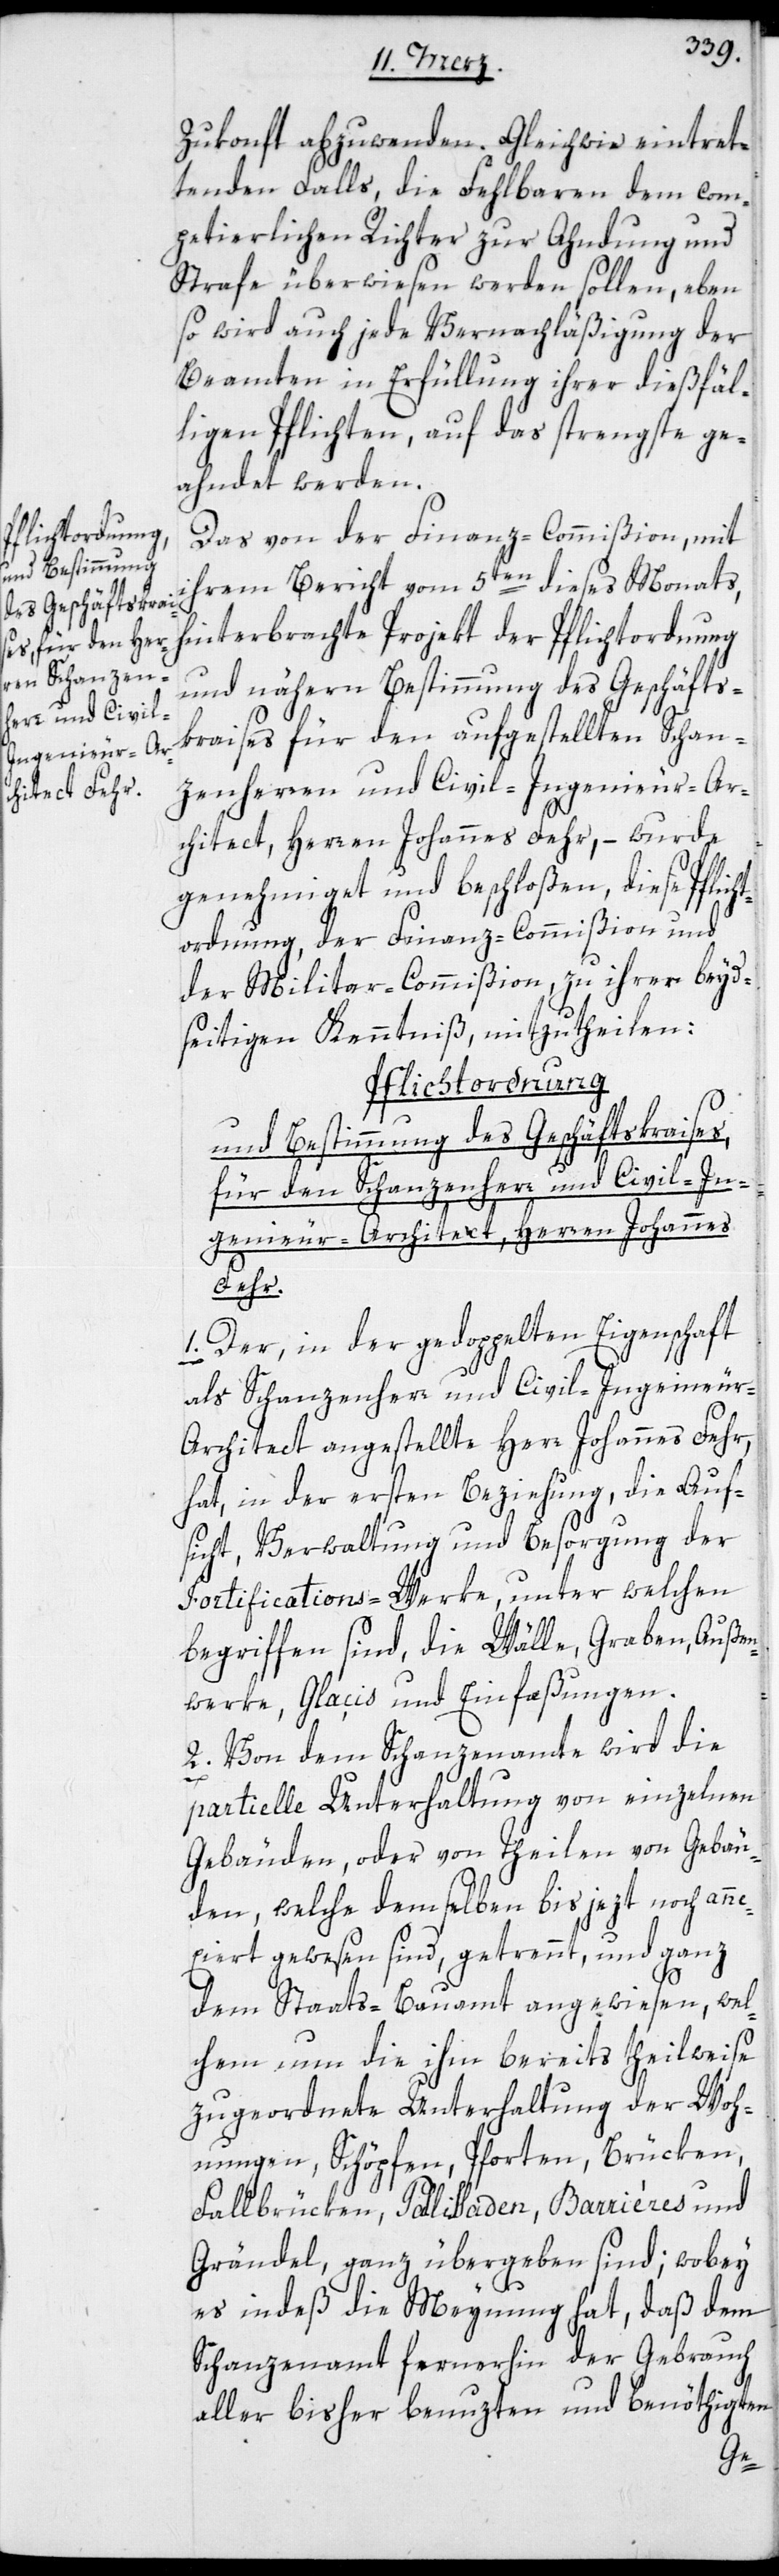
Zukonft abzuwenden. Gleichwie eintret¬
tenden Falls, die Fehlbaren dem com¬
petierlichen Richter zur Ahndung und
Strafe überwiesen werden sollen, eben
so wird auch jede Vernachläßigung der
Beamten in Erfüllung ihrer dießfäl¬
ligen Pflichten, auf das strengste ge¬
ahndet werden.
Das von der Finanz-Commißion, mit
ihrem Bericht vom 5ten dieses Monats
hinterbrachten Projekt der Pflichtordnung
und nähern Bestimmung des Geschäfts¬
kraises für den aufgestellten Schan¬
zenherren und Civil-Ingenieur-Ar¬
chitect, Herren Johannes Fehr, – wurde
genehmiget und beschloßen, diese Pflich¬
tordnung der Finanz-Commißion und
der Militar-Commißion, zu ihrer beyd¬
seitigen Kenntniß mitzutheilen:
Pflichtordnung
und Bestimmung des Geschäftskraises,
für den Schanzenherr und Civil-In¬
genieur-Architect, Herren Johannes
Fehr.
1. Der, in der gedoppelten Eigenschaft
als Schanzenherr und Civil-Ingenieur-A¬
rchitect angestellte Herr Johannes Fehr,
hat, in der ersten Beziehung, die Auf¬
sicht, Verwaltung und Besorgung der
Fortifications-Werke, unter welchen
begriffen sind, die Wälle, Graben, Außen¬
werke, Glaçis und Einfaßungen.
2. Von dem Schanzenamte wird die
partielle Unterhaltung von einzelnen
Gebäuden, oder von Theilen von Gebäu¬
den, welche demselben bis jezt noch ann¬
exiert gewesen sind, getrennt, und ganz
dem Staats-Bauamt angewiesen, wel¬
chem nun die ihm bereits theilweise
zugeordnete Unterhaltung der Woh¬
nungen, Schöpfen, Pforten, Brücken,
Fallbrücken, Palisaden, Barrières und
Grändel, ganz übergeben sind; wobey
es indes die Meynung hat, daß dem
Schanzenamt fernerhin der Gebrauch
aller bisher benuzten und benöthigten